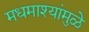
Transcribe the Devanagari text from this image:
मधमाश्यांमुळे